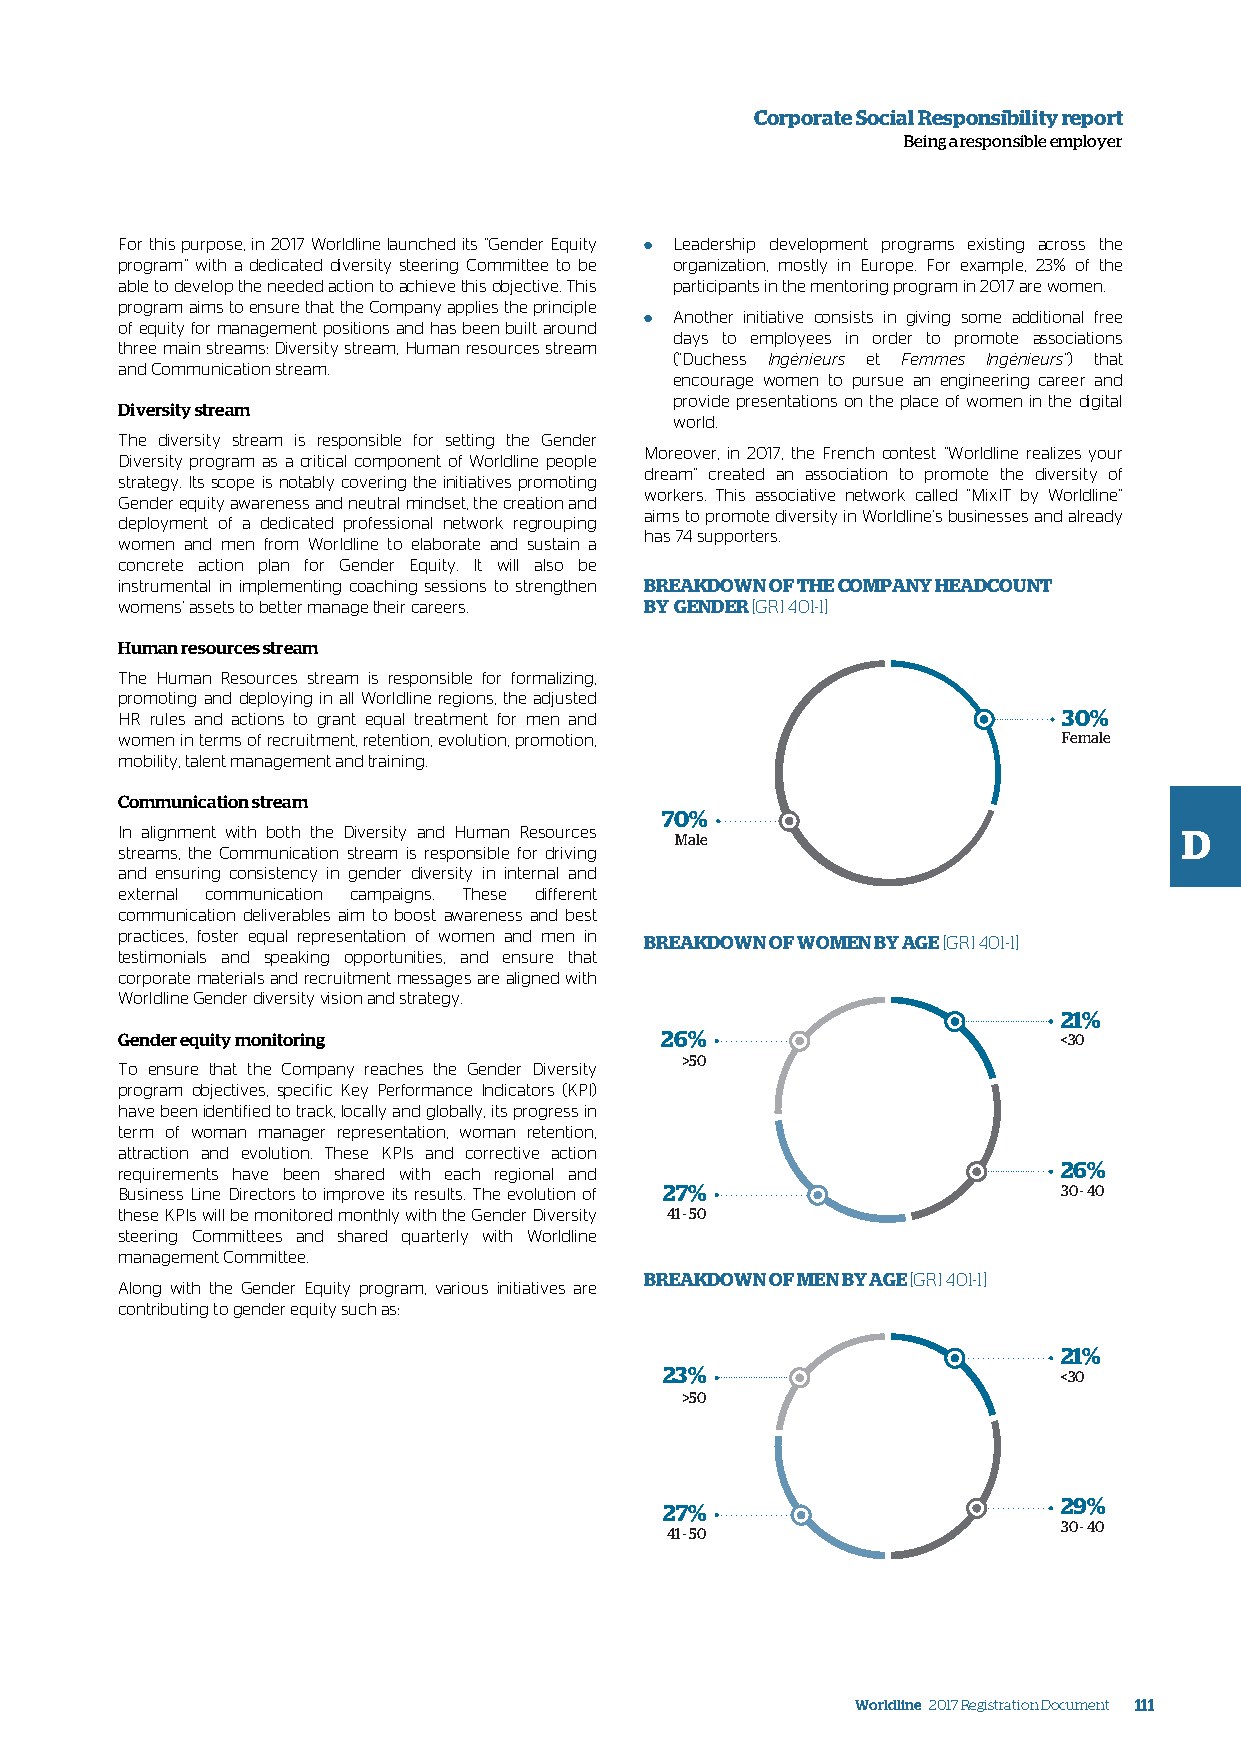
Corporate Social Responsibility report
 Being a responsible employer
 For this purpose, in 2017 Worldline launched its “Gender Equity ● Leadership development programs existing across the
 program” with a dedicated diversity steering Committee to be organization, mostly in Europe. For example, 23% of the
 able to develop the needed action to achieve this objective. This participants in the mentoring program in 2017 are women.
 program aims to ensure that the Company applies the principle
 of equity for management positions and has been built around ● Another initiative consists in giving some additional free
 days to employees in order to promote associations
 three main streams: Diversity stream, Human resources stream
 (“Duchess Ingénieurs et Femmes Ingénieurs”) that
 and Communication stream.
 encourage women to pursue an engineering career and
 provide presentations on the place of women in the digital
 Diversity stream
 world.
 The diversity stream is responsible for setting the Gender
 Moreover, in 2017, the French contest “Worldline realizes your
 Diversity program as a critical component of Worldline people
 dream” created an association to promote the diversity of
 strategy. Its scope is notably covering the initiatives promoting
 workers. This associative network called “MixIT by Worldline”
 Gender equity awareness and neutral mindset, the creation and
 aims to promote diversity in Worldline’s businesses and already
 deployment of a dedicated professional network regrouping
 has 74 supporters.
 women and men from Worldline to elaborate and sustain a
 concrete action plan for Gender Equity. It will also be
 instrumental in implementing coaching sessions to strengthen BREAKDOWN OF THE COMPANY HEADCOUNT
 womens’ assets to better manage their careers. BY GENDER [GRI 401-1]
 Human resources stream
 The Human Resources stream is responsible for formalizing,
 promoting and deploying in all Worldline regions, the adjusted
 HR rules and actions to grant equal treatment for men and     30%
 women in terms of recruitment, retention, evolution, promotion, Female
 mobility, talent management and training.
 Communication stream
 70%
 In alignment with both the Diversity and Human Resources              D
 Male
 streams, the Communication stream is responsible for driving
 and ensuring consistency in gender diversity in internal and
 external communication campaigns. These different
 communication deliverables aim to boost awareness and best
 practices, foster equal representation of women and men in
 BREAKDOWN OF WOMEN BY AGE [GRI 401-1]
 testimonials and speaking opportunities, and ensure that
 corporate materials and recruitment messages are aligned with
 Worldline Gender diversity vision and strategy.
 21%
 Gender equity monitoring            26%                       <30
 >50
 To ensure that the Company reaches the Gender Diversity
 program objectives, specific Key Performance Indicators (KPI)
 have been identified to track, locally and globally, its progress in
 term of woman manager representation, woman retention,
 attraction and evolution. These KPIs and corrective action
 requirements have been shared with each regional and          26%
 Business Line Directors to improve its results. The evolution of 27% 30 - 40
 these KPIs will be monitored monthly with the Gender Diversity 41 - 50
 steering Committees and shared quarterly with Worldline
 management Committee.
 BREAKDOWN OF MEN BY AGE [GRI 401-1]
 Along with the Gender Equity program, various initiatives are
 contributing to gender equity such as:
 21%
 23%                       <30
 >50
 29%
 27%
 30 - 40
 41 - 50
 Worldline 2017 Registration Document 111